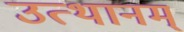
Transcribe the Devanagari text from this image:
उत्थानम्